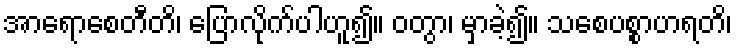
အာရောစေတီတိ၊ ပြောလိုက်ပါဟူ၍။ ဝတွာ၊ မှာခဲ့၍။ သစေပစ္စာဟရတိ၊